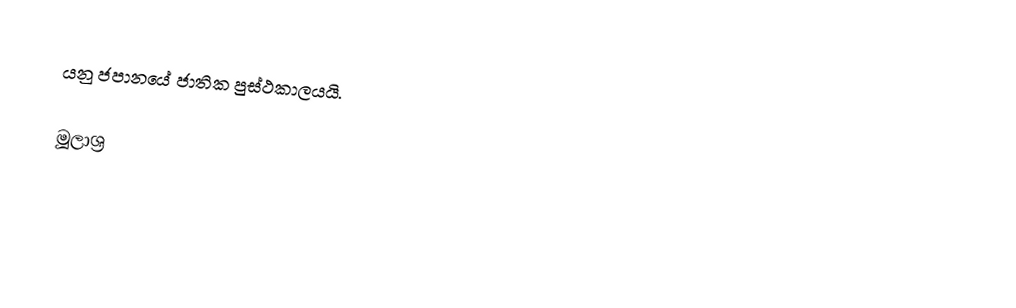
යනු ජපානයේ ජාතික පුස්ථකාලයයි.

මූලාශ්‍ර